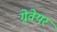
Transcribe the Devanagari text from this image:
ग्रेवेयर